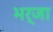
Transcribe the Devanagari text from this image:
भर्जा